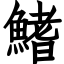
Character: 鰭